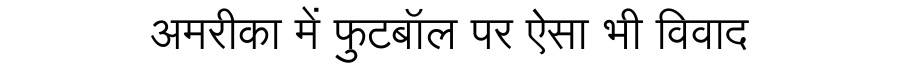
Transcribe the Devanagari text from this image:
अमरीका में फुटबॉल पर ऐसा भी विवाद